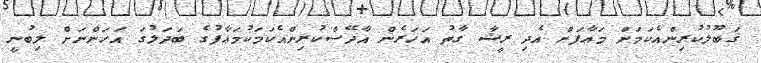
ޤަބޫލުކުރިންއެކަމަށް މަޢާފަށް އެދި ރީޝާ ގާތު އަހަރެެންް އާދޭސްކުރިންއެކަމަކުމަޢާފުގެ ބަދަލުގަ އަހަންނަށް ލިބުނީ